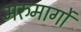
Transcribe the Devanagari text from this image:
मरुमार्गों